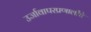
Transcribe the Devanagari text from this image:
उर्जावापरप्रणालीचे